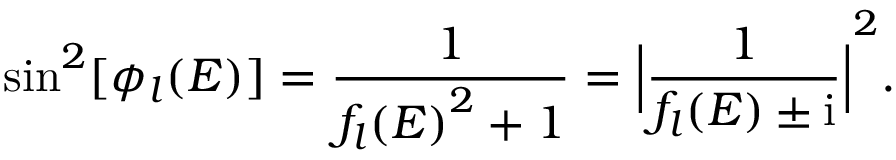
\sin ^ { 2 } [ \phi _ { l } ( E ) ] = \frac { 1 } { { f _ { l } ( E ) } ^ { 2 } + 1 } = { \Big | \frac { 1 } { f _ { l } ( E ) \pm \mathrm { i } } \Big | } ^ { 2 } .